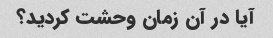
آیا در آن زمان وحشت کردید؟